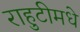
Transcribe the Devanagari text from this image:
राहुटीमधे